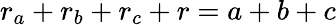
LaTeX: \displaystyle r_{a}+r_{b}+r_{c}+r=a+b+c